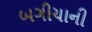
બગીચાની